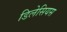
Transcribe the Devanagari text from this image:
डिलेसियस